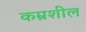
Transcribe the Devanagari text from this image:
कम्रशील